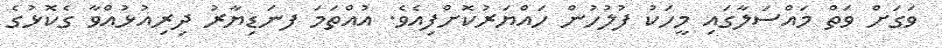
ވަގަށް ވަތް މައްސަލާގައި މީހަކު ފުލުހުން ހައްޔަރުކޮށްފިއެވެ. އުއްތަމަ ފނަޑިޔާރު ދިރިއުޅުއްވާ ގެކޮޅުގެ